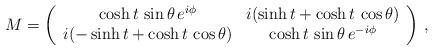
LaTeX: \begin{align*}M= \left( \begin{array}{cc}\cosh t \, \sin \theta \, e^{i\phi} & i ( \sinh t + \cosh t \, \cos \theta) \\i ( -\sinh t + \cosh t \, \cos \theta) & \cosh t \, \sin \theta \, e^{-i \phi}\end{array} \right) \, ,\end{align*}